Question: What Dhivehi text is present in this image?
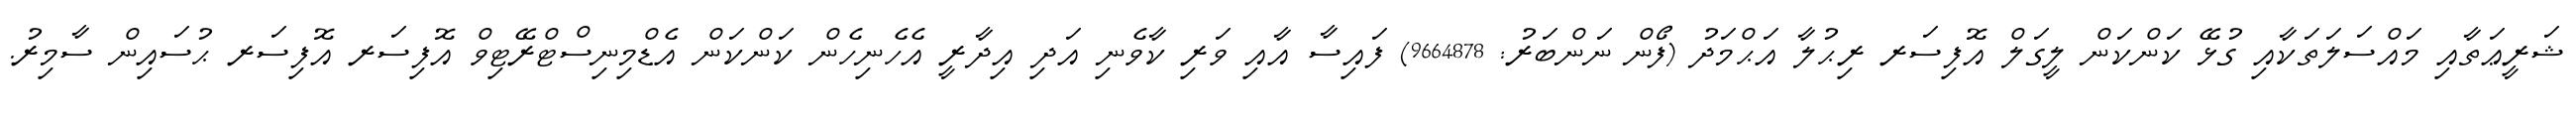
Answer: ޝަރީޢަތާއި މައްސަލަތަކާއި ގުޅޭ ކަންކަން ލީގަލް އޮފިސަރ ރިޙުލާ އަޙްމަދު (ފޯން ނަންބަރު: 9664878) ފައިސާ އާއި ވަރި ކާވެނި އަދި އިދާރީ އެހެނިހެން ކަންކަން އެޑްމިނިސްޓްރޭޓިވް އޮފިސަރ އޮފިސަރ ޙުސައިން ސާމިރު.